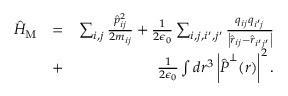
\begin{array} { r l r } { \hat { H } _ { \mathrm { M } } } & { = } & { \sum _ { i , j } \frac { \hat { p } _ { i j } ^ { 2 } } { 2 m _ { i j } } + \frac { 1 } { 2 \epsilon _ { 0 } } \sum _ { i , j , i ^ { \prime } , j ^ { \prime } } \frac { q _ { i j } q _ { i ^ { \prime } j } } { \left| \hat { \boldsymbol r } _ { i j } - \hat { \boldsymbol r } _ { i ^ { \prime } j ^ { \prime } } \right| } } \\ & { + } & { \frac { 1 } { 2 \epsilon _ { 0 } } \int d \boldsymbol r ^ { 3 } \left| \hat { \boldsymbol P } ^ { \perp } ( \boldsymbol r ) \right| ^ { 2 } . } \end{array}